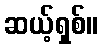
ဆယ့်ရှစ်။